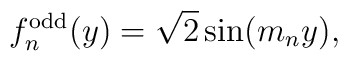
f_n^\mathrm{odd}(y)=\sqrt{2} \sin(m_n y),